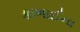
કાભાઈના